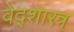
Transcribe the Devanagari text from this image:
वेद्शास्त्र